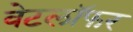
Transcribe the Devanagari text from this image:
वेटलॉफर